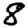
Digit: 8